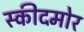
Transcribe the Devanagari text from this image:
स्कीदमोर